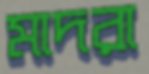
মাদরা